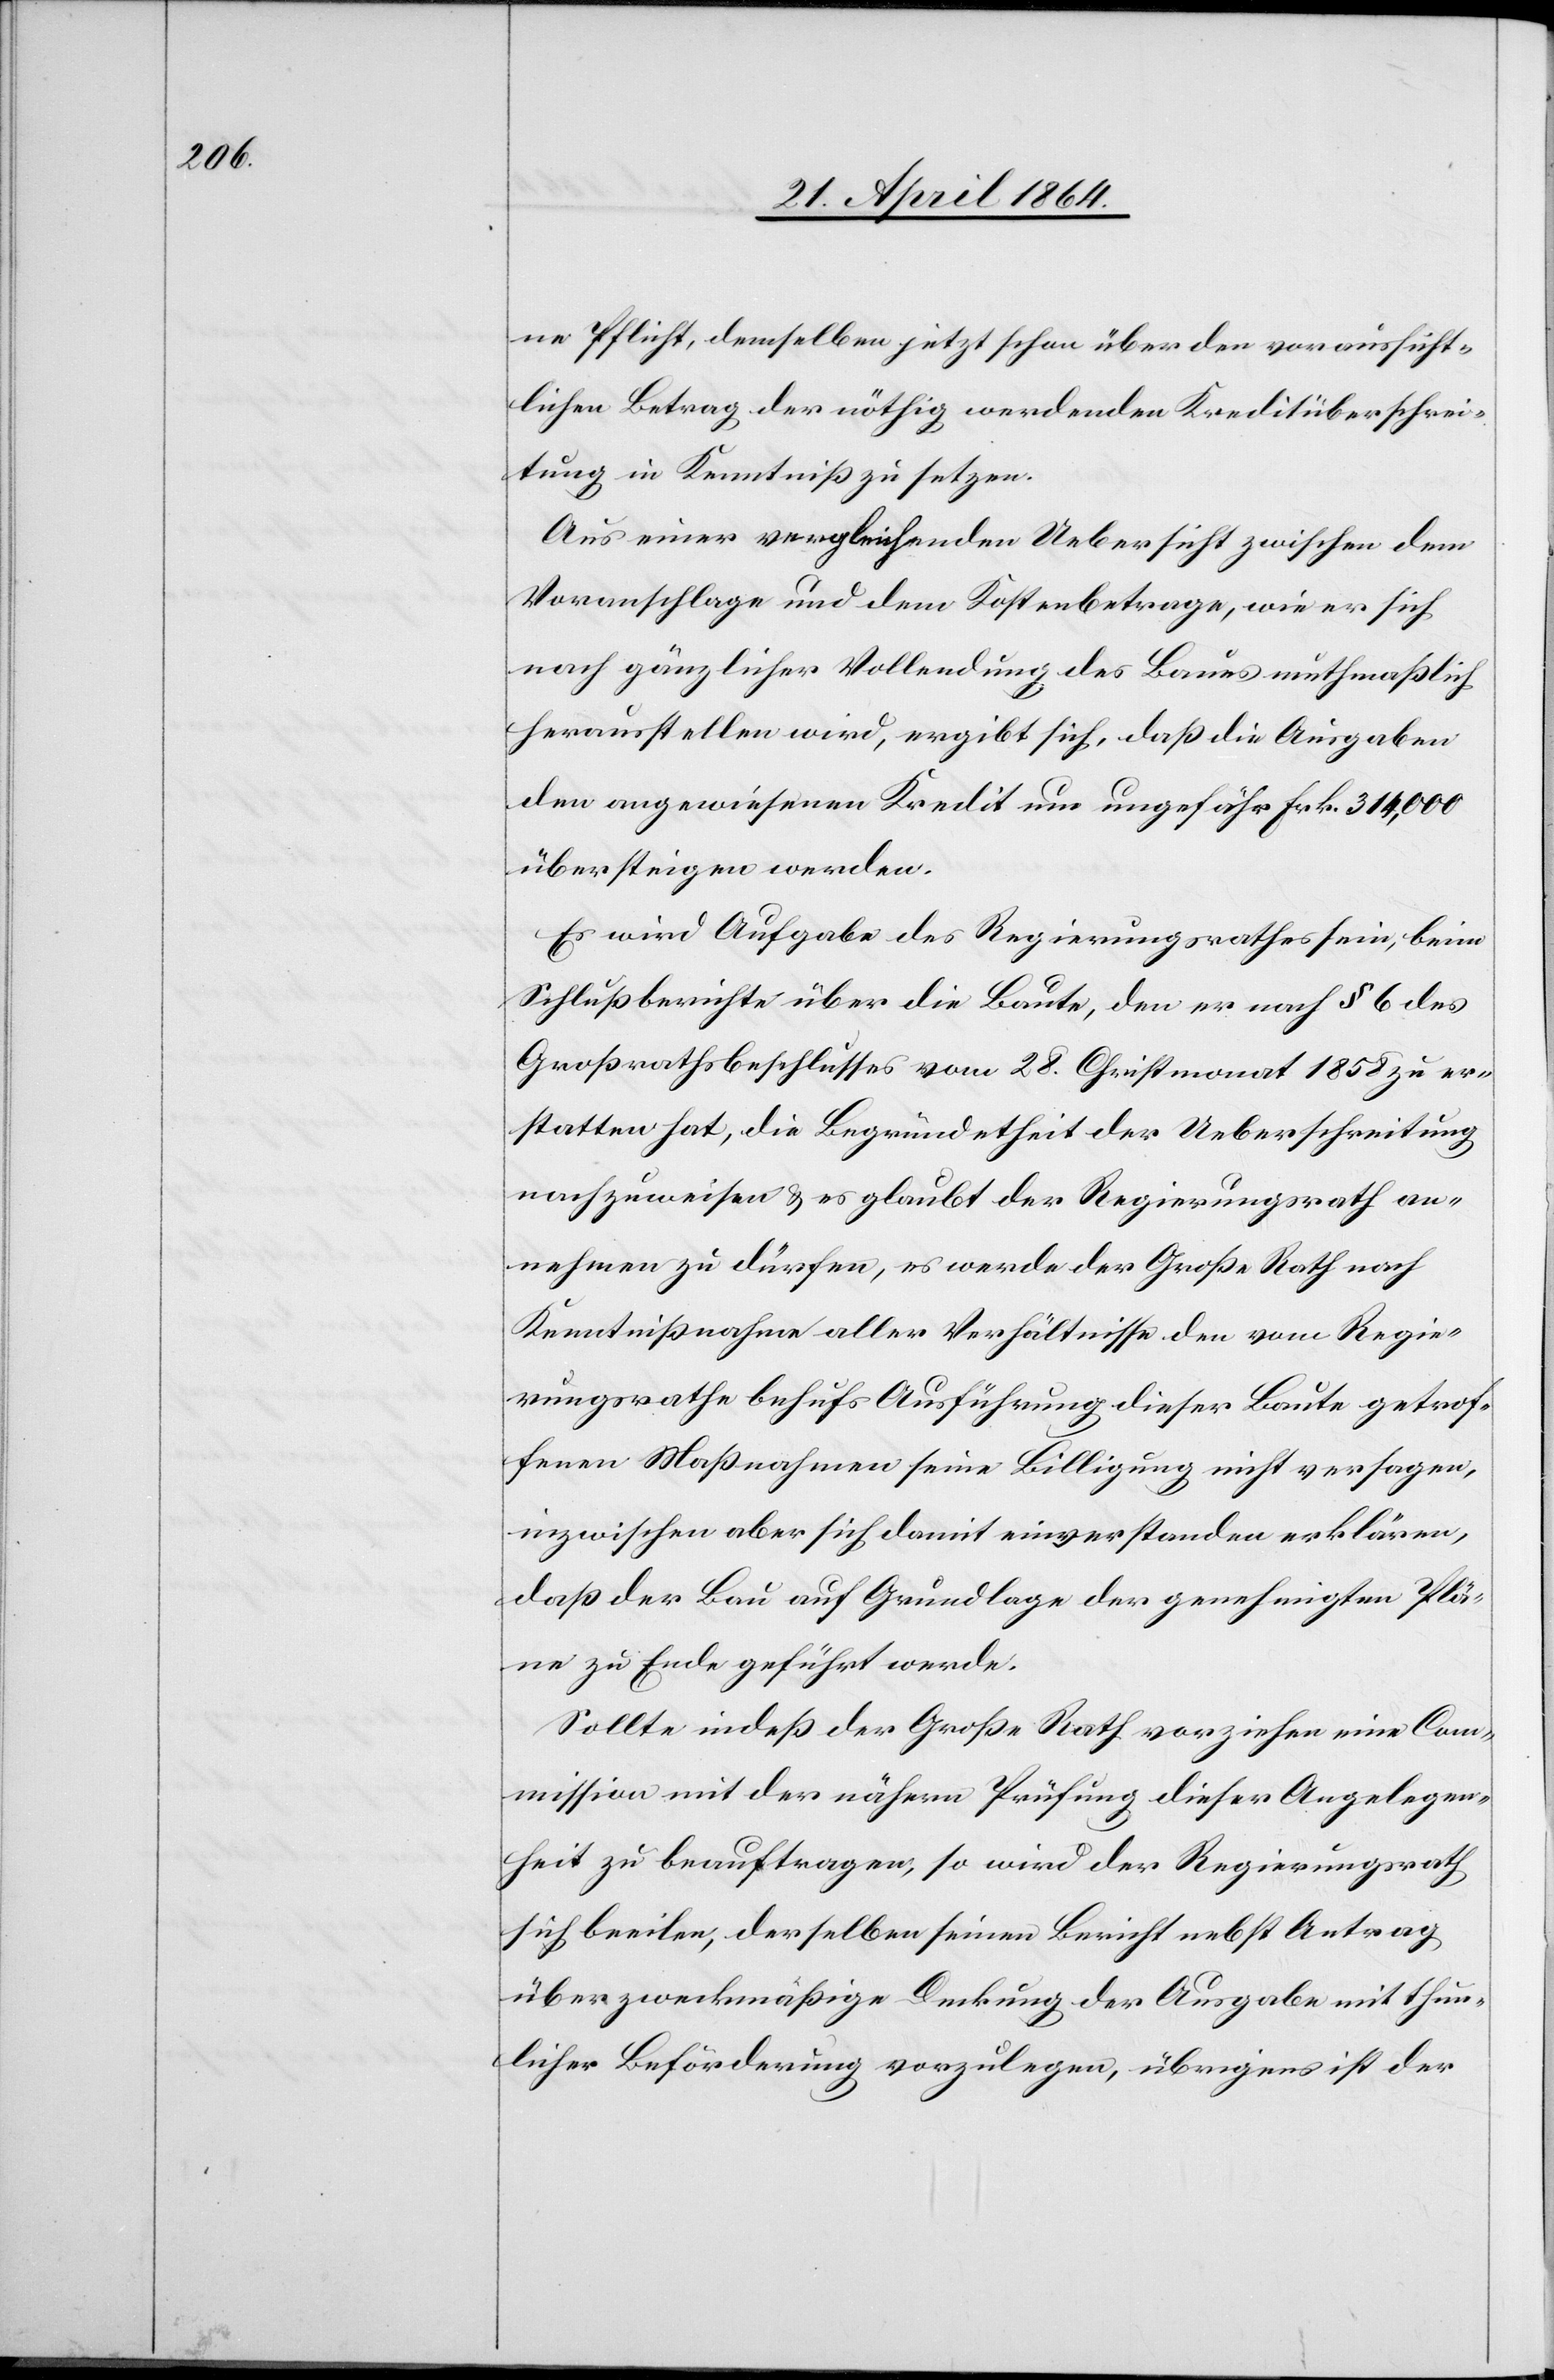
ne Pflicht, demselben jetzt schon über den voraussicht¬
lichen Betrag der nöthig werdenden Kreditüberschrei¬
tung in Kenntniß zu setzen.
Aus einer vergleichenden Uebersicht zwischen dem
Voranschlage und dem Kostenbetrage, wie er sich
nach gänzlicher Vollendung des Baues muthmaßlich
herausstellen wird, ergibt sich, daß die Ausgaben
den angewiesenen Kredit um ungefähr Frk. 314,000
übersteigen werden.
Es wird Aufgabe des Regierungsrathes sein, beim
Schlußberichte über die Baute, den er nach § 6 des
Großrathsbeschlusses vom 28. Christmonat 1858 zu er¬
statten hat, die Begründetheit der Ueberschreitung
nachzuweisen u. es glaubt der Regierungsrath an¬
nehmen zu dürfen, es werde der Große Rath nach
Kenntnißnahme aller Verhältnisse den vom Regie¬
rungsrathe behufs Ausführung dieser Baute getrof¬
fenen Maßnahmen seine Billigung nicht versagen,
inzwischen aber sich damit einverstanden erklären,
daß der Bau auf Grundlage der genehmigten Plä¬
ne zu Ende geführt werde.
Sollte indeß der Große Rath vorziehen eine Com¬
mission mit der nähern Prüfung dieser Angelegen¬
heit zu beauftragen, so wird der Regierungsrath
sich beeilen, derselben seinen Bericht nebst Antrag
über zweckmäßige Deckung der Ausgabe mit thun¬
licher Beförderung vorzulegen, übrigens ist der